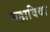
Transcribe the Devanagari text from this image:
महाविदा